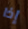
إذا